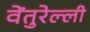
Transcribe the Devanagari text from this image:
वेंतुरेल्ली